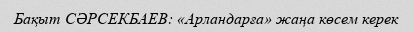
Бақыт СӘРСЕКБАЕВ: «Арландарға» жаңа көсем керек